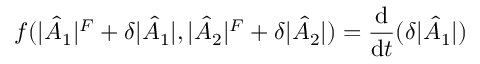
f ( | \hat { A } _ { 1 } | ^ { F } + \delta | \hat { A } _ { 1 } | , | \hat { A } _ { 2 } | ^ { F } + \delta | \hat { A } _ { 2 } | ) = \frac { \mathrm { d } } { \mathrm { d } t } ( \delta | { \hat { A } _ { 1 } } | )